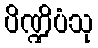
ပိဏ္ဍိပံသု